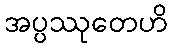
အပ္ပဿုတေဟိ